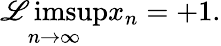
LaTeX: \operatorname*{\mathscr{L}imsup}_{n\to\infty}x_{n}=+1.